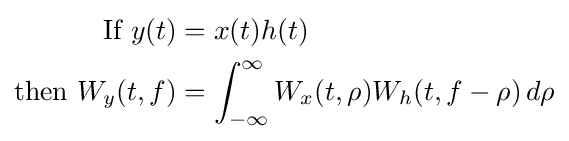
{\begin{aligned}{\text{If }}y(t)&=x(t)h(t)\\{\text{then }}W_{y}(t,f)&=\int _{-\infty }^{\infty }W_{x}(t,\rho )W_{h}(t,f-\rho )\,d\rho \end{aligned}}